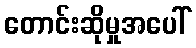
တောင်းဆိုမှုအပေါ်